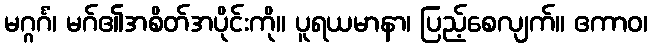
မဂ္ဂင်္ဂံ၊ မဂ်၏အစိတ်အပိုင်းကို။ ပူရယမာနာ၊ ပြည့်စေလျက်။ ဧကာဝ၊